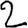
Digit: 2